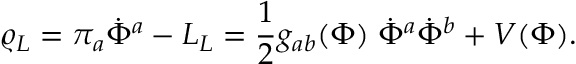
\varrho _ { L } = \pi _ { a } \dot { \Phi } ^ { a } - { \cal L } _ { L } = { \frac { 1 } { 2 } } g _ { a b } ( \Phi ) \; \dot { \Phi } ^ { a } \dot { \Phi } ^ { b } + V ( \Phi ) .